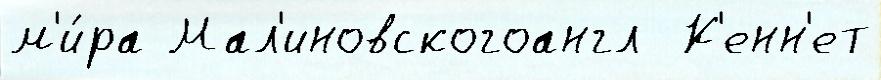
м'и́ра Мал'иновскогоангл  К'енн'ет